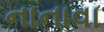
નાનાવા